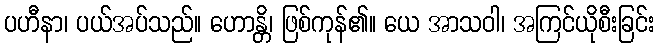
ပဟီနာ၊ ပယ်အပ်သည်။ ဟောန္တိ၊ ဖြစ်ကုန်၏။ ယေ အာသဝါ၊ အကြင်ယိုစီးခြင်း